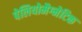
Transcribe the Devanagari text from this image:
पेलियोमैग्नेटिक